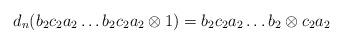
LaTeX: \begin{align*}d_n(b_2c_2a_2 \dots b_2c_2a_2 \otimes 1) = b_2c_2a_2 \dots b_2 \otimes c_2a_2\end{align*}